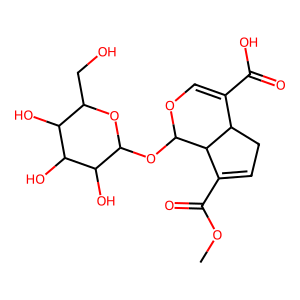
SMILES: COC(=O)C1=CCC2C(C(=O)O)=COC(OC3OC(CO)C(O)C(O)C3O)C12
Inhibits HIV replication: No